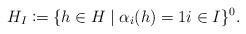
LaTeX: \begin{align*}H_I \coloneqq \{h \in H \mid \alpha_i(h) = 1 i \in I\}^0.\end{align*}